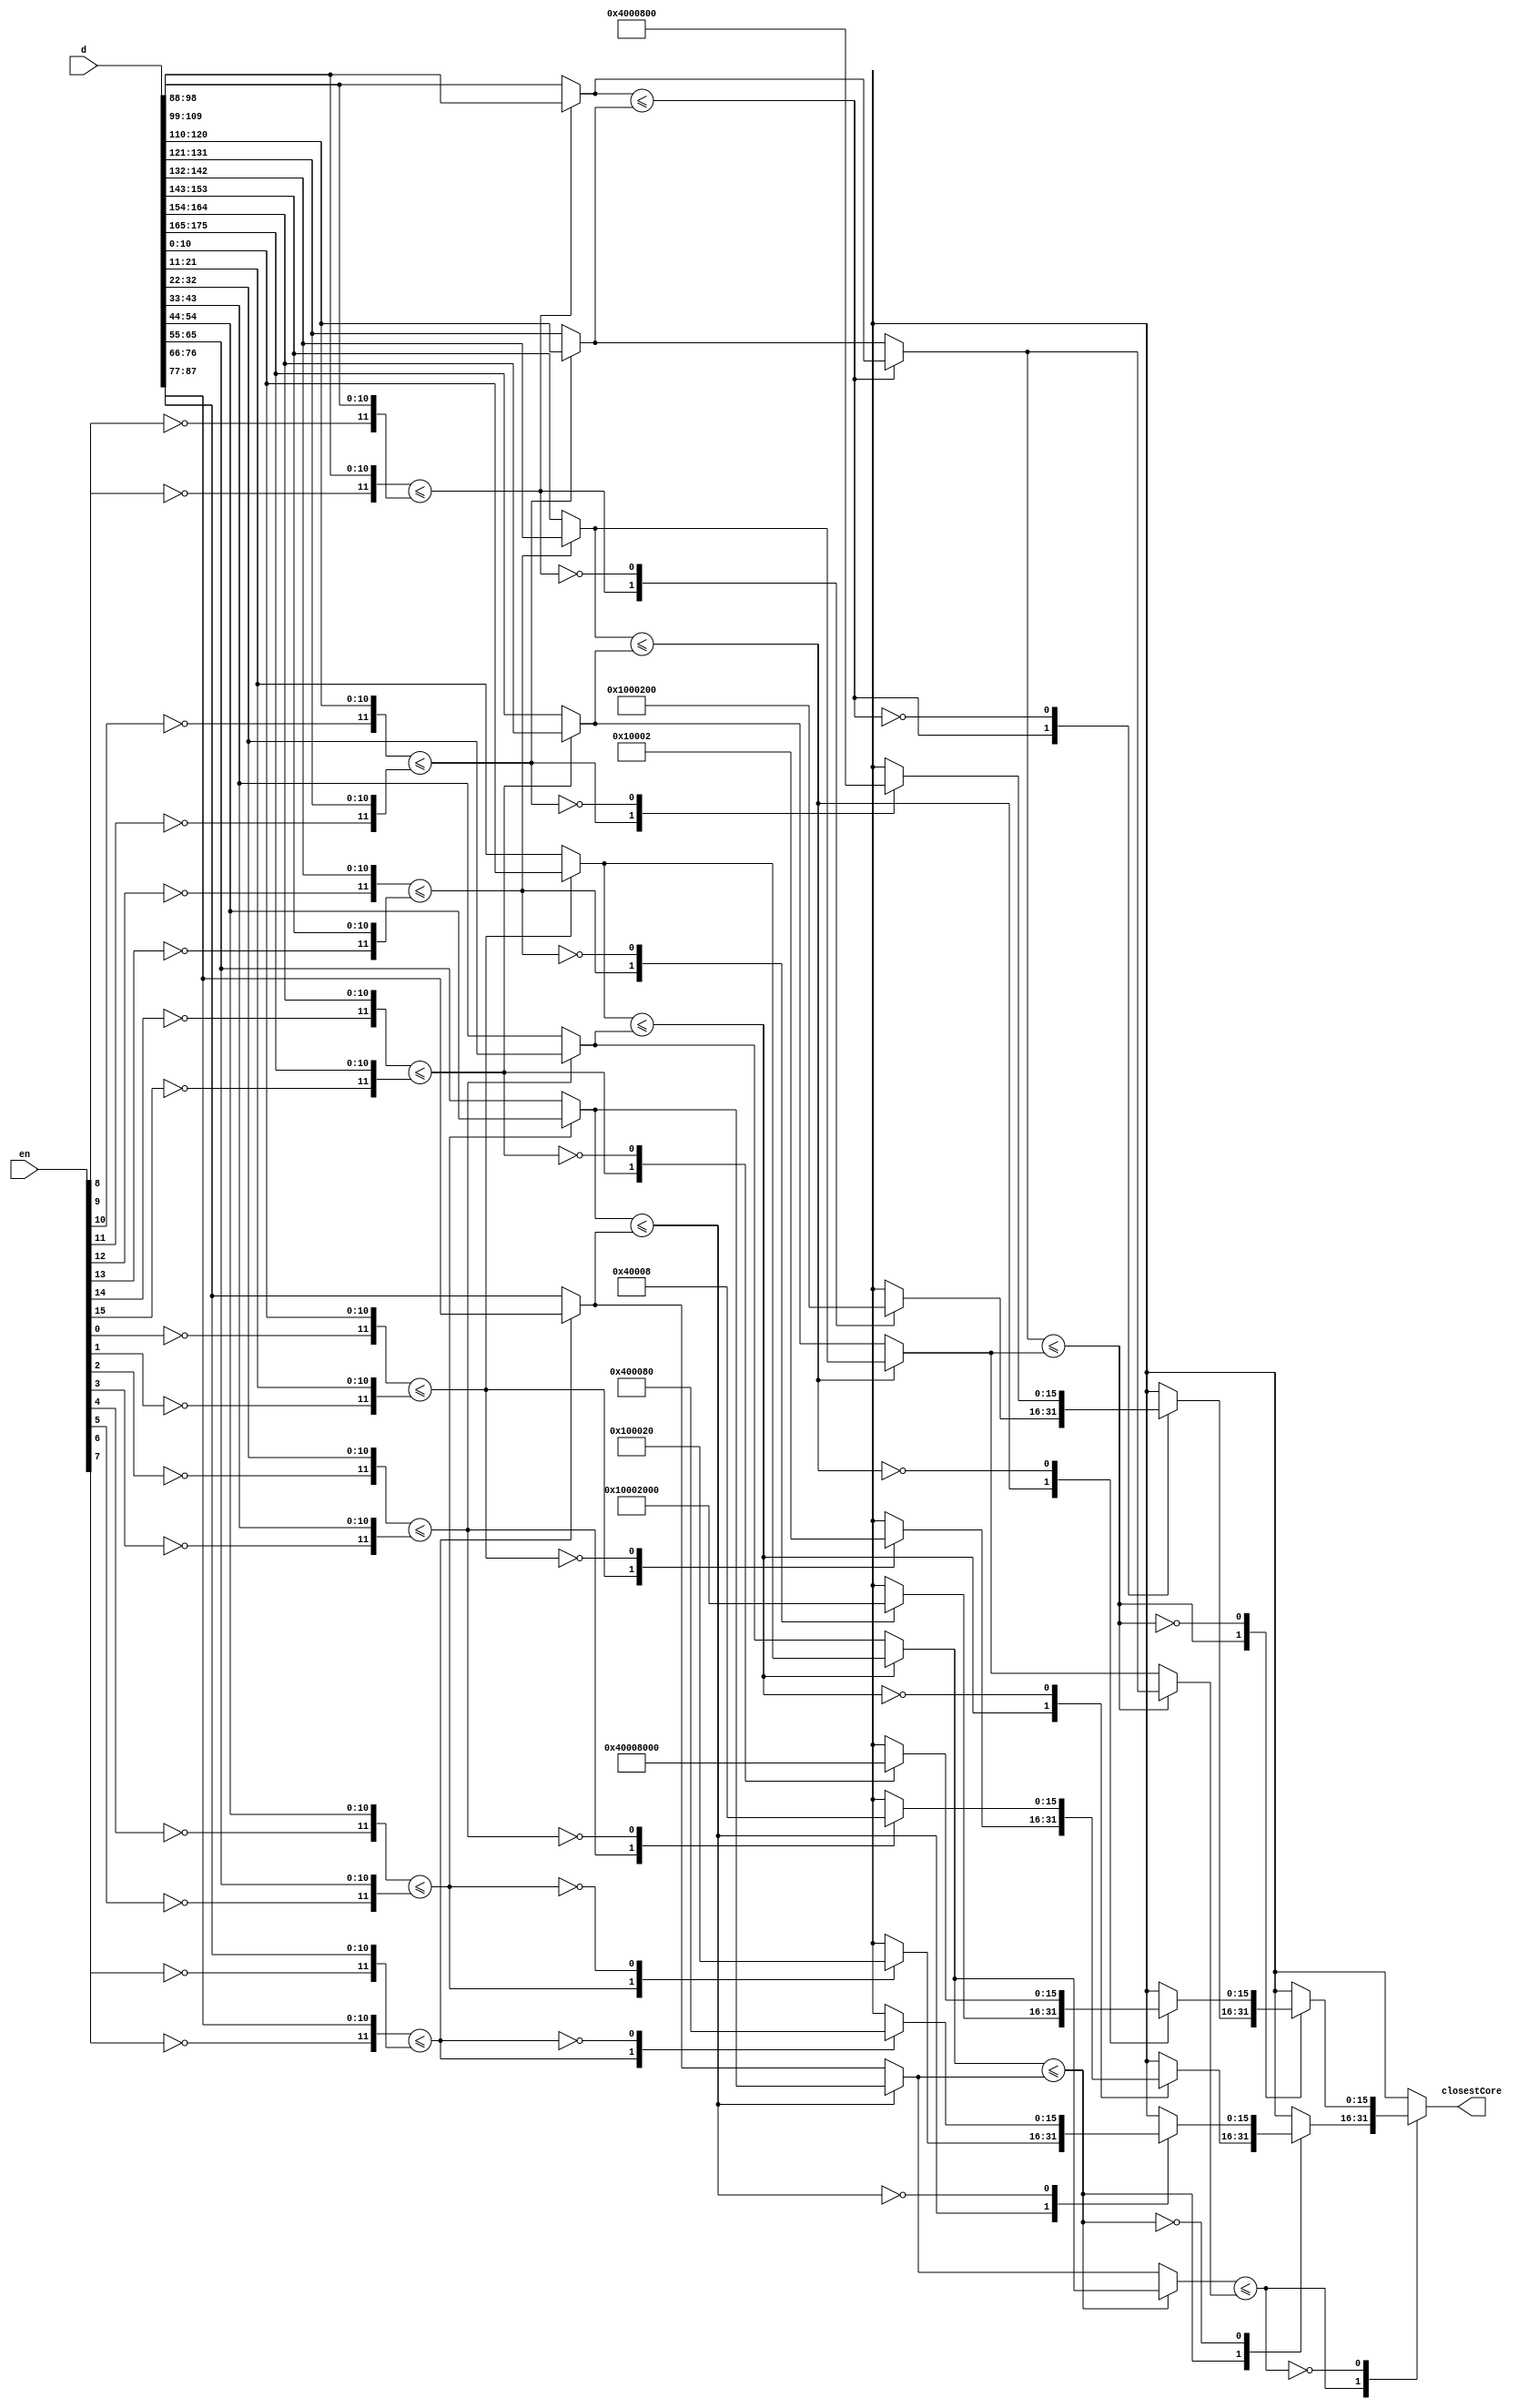
module distance_comparator(input [16*11-1:0]d,input[15:0]en ,output reg [15:0] closestCore);
    
    wire  A0,A1,A2,A3,A4,A5,A6,A7,B0,B1,B2,B3,C0,C1,D0;
    wire [16:0] DA01,DA23,DA45,DA67,DA89,DA1011,DA1213,DA1415,DB0,DB1,DB2,DB3,DC0,DC1;
	 
    assign A0 = {~en[0], d[11 *0 +:11]   }  <=  {~en[1]  ,d[11 *1 +:11]};
    assign A1 = {~en[2], d[11 *2 +:11] }  <=  {~en[3]    ,d[11 *3 +:11]};
    assign A2 = {~en[4], d[11 *4 +:11] }  <=  {~en[5]    ,d[11 *5 +:11]};
    assign A3 = {~en[6], d[11 *6 +:11] }  <=  {~en[7]    ,d[11 *7 +:11]};
    assign A4 = {~en[8], d[11 *8 +:11] }  <=  {~en[9]    ,d[11 *9 +:11]};
    assign A5 = {~en[10],d[11 *10 +:11]} <=  {~en[11]    ,d[11 *11 +:11]};
    assign A6 = {~en[12],d[11 *12 +:11]} <=  {~en[13]    ,d[11 *13 +:11]};
    assign A7 = {~en[14],d[11 *14 +:11]} <=  {~en[15]    ,d[11 *15 +:11]};






    assign DA01   = A0 ? d[11 *0 +:11]  :d[11 *1 +:11];
    assign DA23   = A1 ? d[11 *2 +:11]  :d[11 *3 +:11];
    assign DA45   = A2 ? d[11 *4 +:11]  :d[11 *5 +:11];
    assign DA67   = A3 ? d[11 *6 +:11]  :d[11 *7 +:11];
    assign DA89   = A4 ? d[11 *8 +:11]  :d[11 *9 +:11];
    assign DA1011 = A5 ? d[11 *10 +:11] :d[11 *11 +:11];
    assign DA1213 = A6 ? d[11 *12 +:11] :d[11 *13 +:11];
    assign DA1415 = A7 ? d[11 *14 +:11] :d[11 *15 +:11];
    
    
    assign B0 = DA01   <= DA23;
    assign B1 = DA45   <= DA67;
    assign B2 = DA89   <= DA1011;
    assign B3 = DA1213 <= DA1415;
    
    assign DB0 = B0 ? DA01  : DA23;
    assign DB1 = B1 ? DA45  : DA67;
    assign DB2 = B2 ? DA89  : DA1011;
    assign DB3 = B3 ? DA1213  : DA1415;
    

    assign C0 = DB0 <= DB1;
    assign C1 = DB2 <= DB3;

    assign DC0 = C0 ? DB0 : DB1;
    assign DC1 = C1 ? DB2 : DB3;

    assign D0 = DC0 <= DC1;


    always @* begin
	 closestCore = 0;
        case(D0)
        1'b1 :
            case(C0)
            1'b1:
                case(B0)
                1'b1:
                    case(A0)
                    1'b1: closestCore = 16'b0000_0000_0000_0001;
                    1'b0: closestCore = 16'b0000_0000_0000_0010;
                    endcase
                1'b0: /* Not B0*/
                    case(A1)
                    1'b1: closestCore = 16'b0000_0000_0000_0100;
                    1'b0: closestCore = 16'b0000_0000_0000_1000;
                    endcase
                endcase
            1'b0: /* Not C0*/
                case(B1)
                1'b1:
                    case(A2)
                    1'b1: closestCore = 16'b0000_0000_0001_0000;
                    1'b0: closestCore = 16'b0000_0000_0010_0000;
                    endcase
                1'b0: /* Not B1*/
                    case(A3)
                    1'b1: closestCore =16'b0000_0000_0100_0000;
                    1'b0: closestCore = 16'b0000_0000_1000_0000;
                    endcase
                endcase
        endcase  
                 
        1'b0 :
            case(C1)
            1'b1:
                case(B2)
                1'b1:
                    case(A4)
                    1'b1: closestCore = 16'b0000_0001_0000_0000;
                    1'b0: closestCore = 16'b0000_0010_0000_0000;
					endcase
                1'b0: /* Not B0*/
                    case(A5)
                    1'b1: closestCore = 16'b0000_0100_0000_0000;
                    1'b0: closestCore = 16'b0000_1000_0000_0000;
					endcase
                endcase
            1'b0: /* Not C0*/
                case(B3)
                1'b1:
                    case(A6)
                    1'b1: closestCore = 16'b0001_0000_0000_0000;
                    1'b0: closestCore = 16'b0010_0000_0000_0000;
					endcase
                1'b0: /* Not B1*/
                    case(A7)
                    1'b1: closestCore = 16'b0100_0000_0000_0000;
                    1'b0: closestCore = 16'b1000_0000_0000_0000;  
					endcase
			   endcase
		    endcase
						
    endcase
	end

endmodule 


/*

        [0  ,1]  \ 
        [2  ,3]  /
        [4  ,5]  \
        [6  ,9]  /
        [10,11]  \
        [12,13]  /
        [14,15] ==





*/